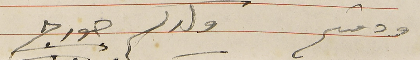
ودمتم ولدكم جورج